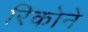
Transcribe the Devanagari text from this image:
रिकोने